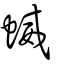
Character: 蝛